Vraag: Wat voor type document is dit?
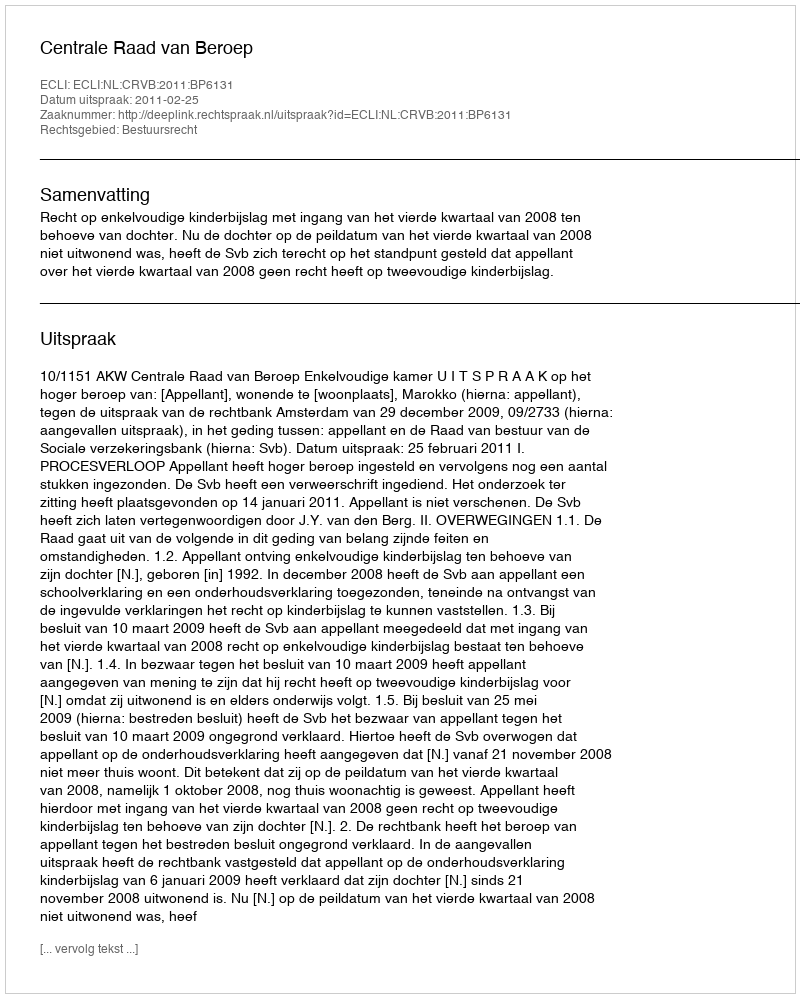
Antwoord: Uitspraak